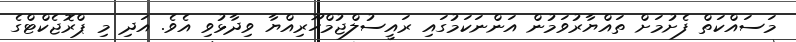
މަސައްކަތް ފެށުމަށް ތައްޔާރުވަމުން އަންނަކަމުގައި ރައީސުލްޖުމްހޫރިއްޔާ ވިދާޅުވި އެވެ. އަދި މި ޕްރޮޖެކްޓްގެ